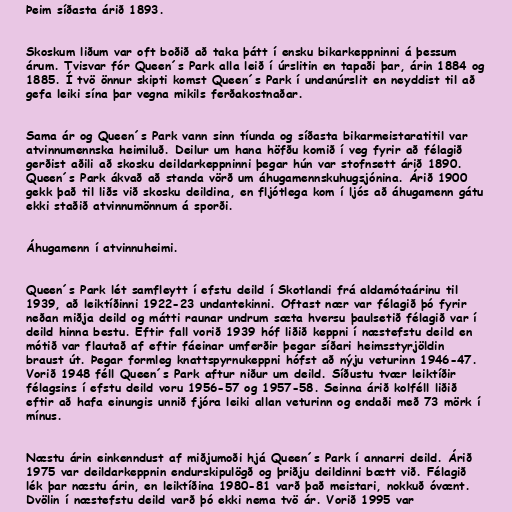
Þeim síðasta árið 1893.

Skoskum liðum var oft boðið að taka þátt í ensku bikarkeppninni á þessum
árum. Tvisvar fór Queen´s Park alla leið í úrslitin en tapaði þar, árin 1884 og
1885. Í tvö önnur skipti komst Queen´s Park í undanúrslit en neyddist til að
gefa leiki sína þar vegna mikils ferðakostnaðar.

Sama ár og Queen´s Park vann sinn tíunda og síðasta bikarmeistaratitil var
atvinnumennska heimiluð. Deilur um hana höfðu komið í veg fyrir að félagið
gerðist aðili að skosku deildarkeppninni þegar hún var stofnsett árið 1890.
Queen´s Park ákvað að standa vörð um áhugamennskuhugsjónina. Árið 1900
gekk það til liðs við skosku deildina, en fljótlega kom í ljós að áhugamenn gátu
ekki staðið atvinnumönnum á sporði.

Áhugamenn í atvinnuheimi.

Queen´s Park lét samfleytt í efstu deild í Skotlandi frá aldamótaárinu til
1939, að leiktíðinni 1922-23 undantekinni. Oftast nær var félagið þó fyrir
neðan miðja deild og mátti raunar undrum sæta hversu þaulsetið félagið var í
deild hinna bestu. Eftir fall vorið 1939 hóf liðið keppni í næstefstu deild en
mótið var flautað af eftir fáeinar umferðir þegar síðari heimsstyrjöldin
braust út. Þegar formleg knattspyrnukeppni hófst að nýju veturinn 1946-47.
Vorið 1948 féll Queen´s Park aftur niður um deild. Síðustu tvær leiktíðir
félagsins í efstu deild voru 1956-57 og 1957-58. Seinna árið kolféll liðið
eftir að hafa einungis unnið fjóra leiki allan veturinn og endaði með 73 mörk í
mínus.

Næstu árin einkenndust af miðjumoði hjá Queen´s Park í annarri deild. Árið
1975 var deildarkeppnin endurskipulögð og þriðju deildinni bætt við. Félagið
lék þar næstu árin, en leiktíðina 1980-81 varð það meistari, nokkuð óvænt.
Dvölin í næstefstu deild varð þó ekki nema tvö ár. Vorið 1995 var